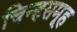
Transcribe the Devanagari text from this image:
चिन्हसमूह